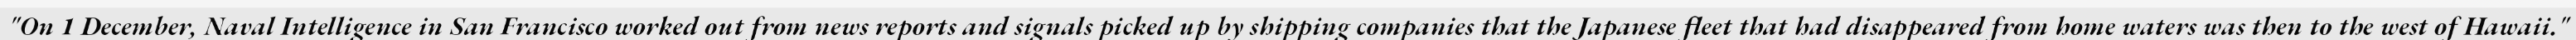
"On 1 December, Naval Intelligence in San Francisco worked out from news reports and signals picked up by shipping companies that the Japanese fleet that had disappeared from home waters was then to the west of Hawaii."